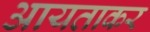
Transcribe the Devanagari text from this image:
आयताकर